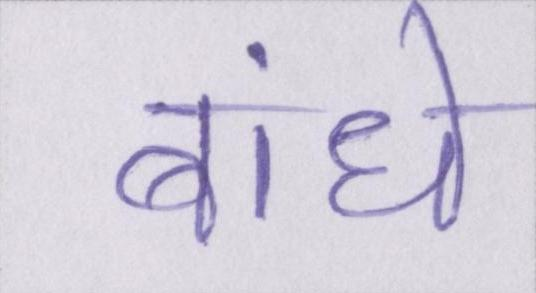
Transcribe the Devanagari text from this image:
बांधे